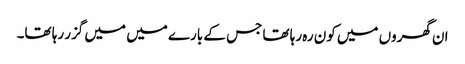
ان گھروں میں کون رہ رہا تھا جس کے بارے میں میں گزر رہا تھا۔